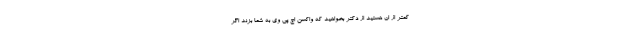
کمتر از ان هستید از دکتر بخواهید که واکسن اچ پی وی به شما بزند اگر